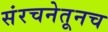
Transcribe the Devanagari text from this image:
संरचनेतूनच